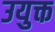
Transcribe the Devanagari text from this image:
उयुक्त